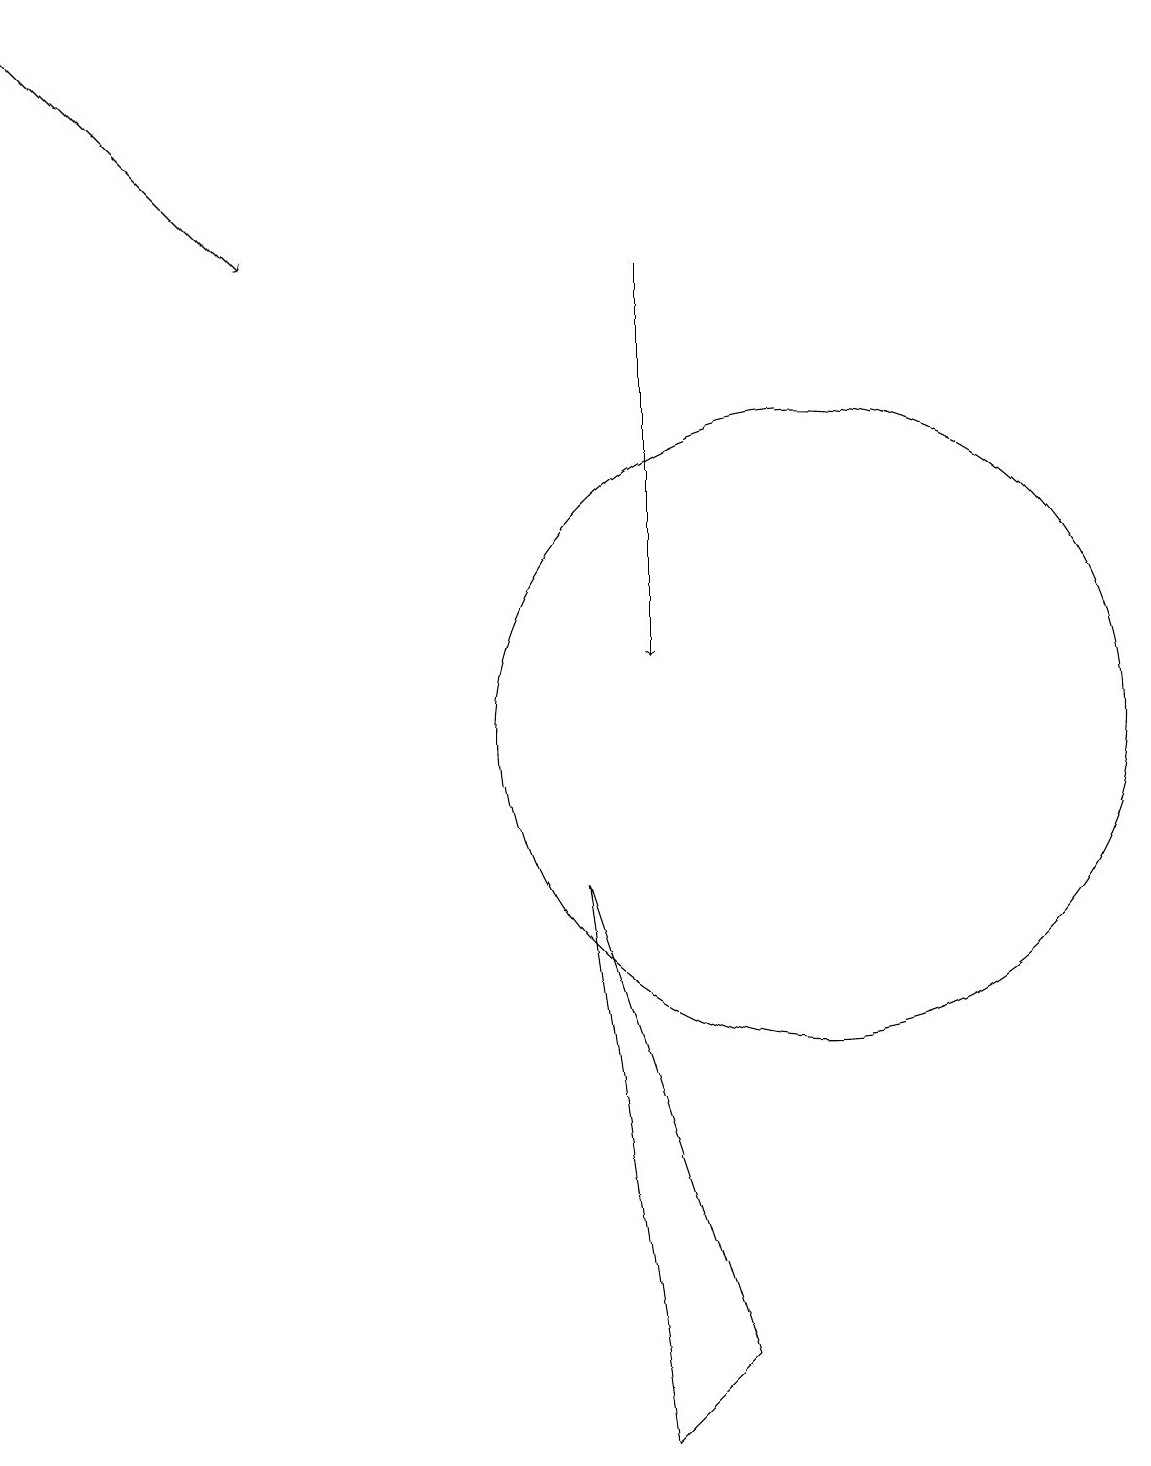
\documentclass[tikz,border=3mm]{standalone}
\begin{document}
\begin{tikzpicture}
\draw[->] (0,19) -- (3,16);
\draw (10,10) circle (4);
\draw[->] (8,16) -- (8,11);
\draw (9,2) -- (8,1) -- (7,8) -- cycle;
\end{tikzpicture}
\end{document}